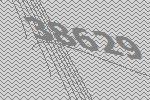
38629